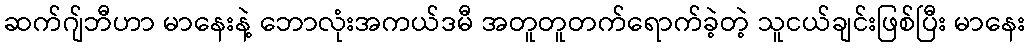
ဆက်ဂျ်ဘီဟာ မာနေးနဲ့ ဘောလုံးအကယ်ဒမီ အတူတူတက်ရောက်ခဲ့တဲ့ သူငယ်ချင်းဖြစ်ပြီး မာနေး